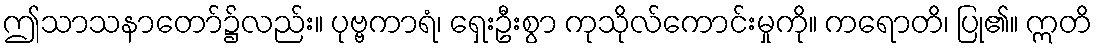
ဤသာသနာတော်၌လည်း။ ပုဗ္ဗကာရံ၊ ရှေးဦးစွာ ကုသိုလ်ကောင်းမှုကို။ ကရောတိ၊ ပြု၏။ ဣတိ